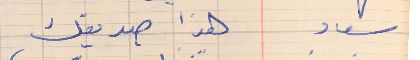
سعاد    هذا صديقك